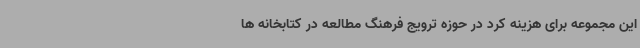
این مجموعه برای هزینه کرد در حوزه ترویج فرهنگ مطالعه در کتابخانه ها